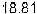
18.81